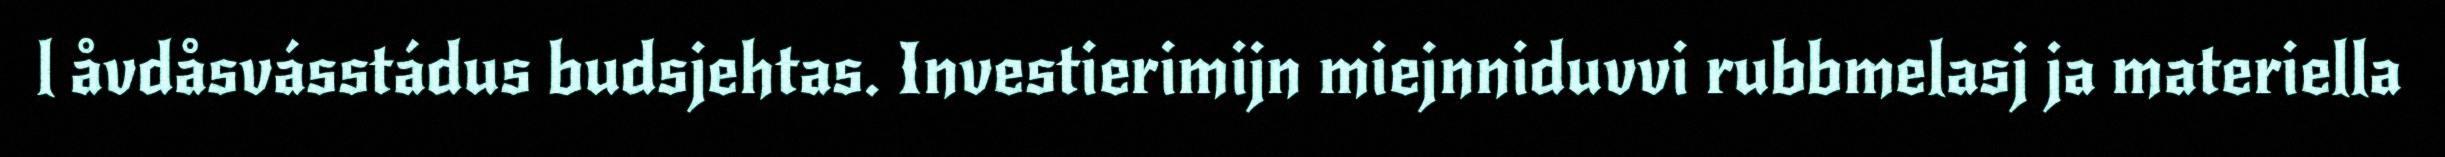
l åvdåsvásstádus budsjehtas. Investierimijn miejnniduvvi rubbmelasj ja materiella